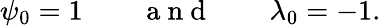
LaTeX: \psi_{0}=1\qquad\mathrm{~a~n~d~}\qquad\lambda_{0}=-1.